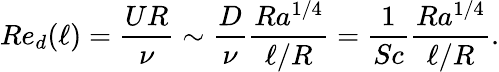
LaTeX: Re_{d}(\ell)=\frac{UR}{\nu}\sim\frac{D}{\nu}\frac{Ra^{1/4}}{\ell/R}=\frac{1}{Sc}\frac{Ra^{1/4}}{\ell/R}.